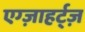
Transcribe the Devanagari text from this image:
एग्ज़ाहर्ट्ज़